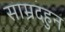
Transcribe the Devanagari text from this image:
साम्रदहुन